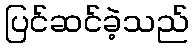
ပြင်ဆင်ခဲ့သည်